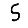
Digit: 5